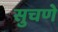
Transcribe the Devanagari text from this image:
सुचणे